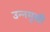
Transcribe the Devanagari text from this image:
उन्‍नमुखी